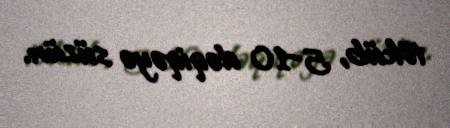
töküb, 5–10 dəqiqəyə süzün.